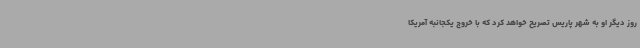
روز دیگر او به شهر پاریس تصریح خواهد کرد که با خروج یکجانبه آمریکا